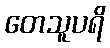
တေသူပရိ